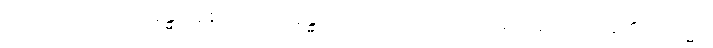
သုံးပါးကုန်သော။ ခန္ဓာ၊ စေတသိက်ခန္ဓာတို့ကို။ အဓိပ္ပေတာ၊ အလိုရှိအပ်ကုန်၏။ တသ္မာ၊